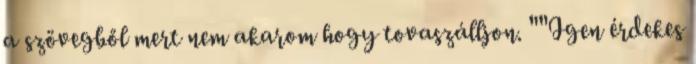
a szövegből mert nem akarom hogy tovaszálljon. ""Igen érdekes